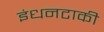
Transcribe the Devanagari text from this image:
इंधनटाकी